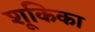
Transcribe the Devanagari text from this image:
शूकिका